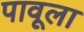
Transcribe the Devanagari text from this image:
पावूला